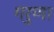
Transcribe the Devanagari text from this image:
गरुणा